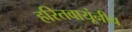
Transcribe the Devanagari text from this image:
हरितवायूंनीच